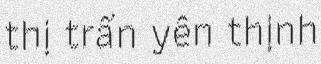
thị trấn yên thịnh